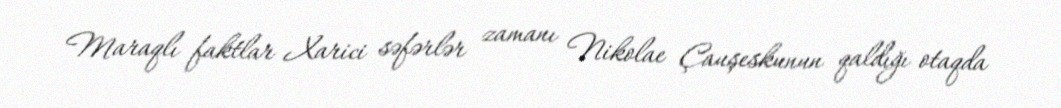
Maraqlı faktlar Xarici səfərlər zamanı Nikolae Çauşeskunun qaldığı otaqda